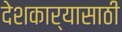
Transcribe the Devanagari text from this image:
देशकार्यासाठी